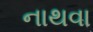
નાથવા